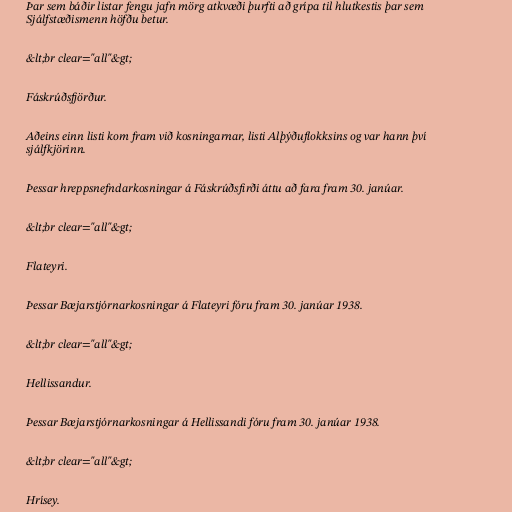
Þar sem báðir listar fengu jafn mörg atkvæði þurfti að grípa til hlutkestis þar sem
Sjálfstæðismenn höfðu betur.

&lt;br clear="all"&gt;

Fáskrúðsfjörður.

Aðeins einn listi kom fram við kosningarnar, listi Alþýðuflokksins og var hann því
sjálfkjörinn.

Þessar hreppsnefndarkosningar á Fáskrúðsfirði áttu að fara fram 30. janúar.

&lt;br clear="all"&gt;

Flateyri.

Þessar Bæjarstjórnarkosningar á Flateyri fóru fram 30. janúar 1938.

&lt;br clear="all"&gt;

Hellissandur.

Þessar Bæjarstjórnarkosningar á Hellissandi fóru fram 30. janúar 1938.

&lt;br clear="all"&gt;

Hrísey.